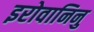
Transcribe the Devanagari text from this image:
इरोवानिनु